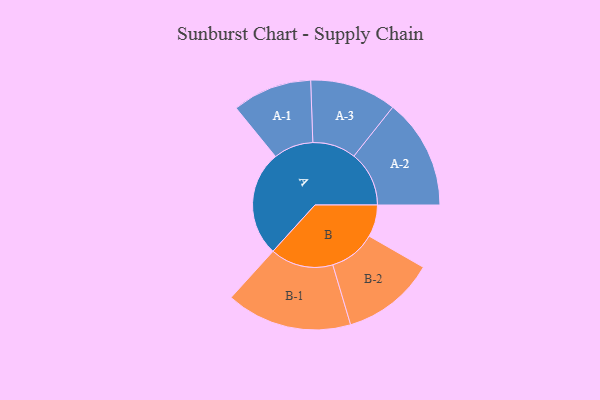
{"axis": {"x": "Segment", "y": "Value"}, "legend": ["", "A", "B"], "data": [{"x": "A", "y": 419, "type": ""}, {"x": "B", "y": 127, "type": ""}, {"x": "A-1", "y": 158, "type": "A"}, {"x": "A-2", "y": 219, "type": "A"}, {"x": "A-3", "y": 172, "type": "A"}, {"x": "B-1", "y": 250, "type": "B"}, {"x": "B-2", "y": 185, "type": "B"}]}